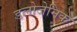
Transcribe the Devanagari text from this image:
डलोजेनिक